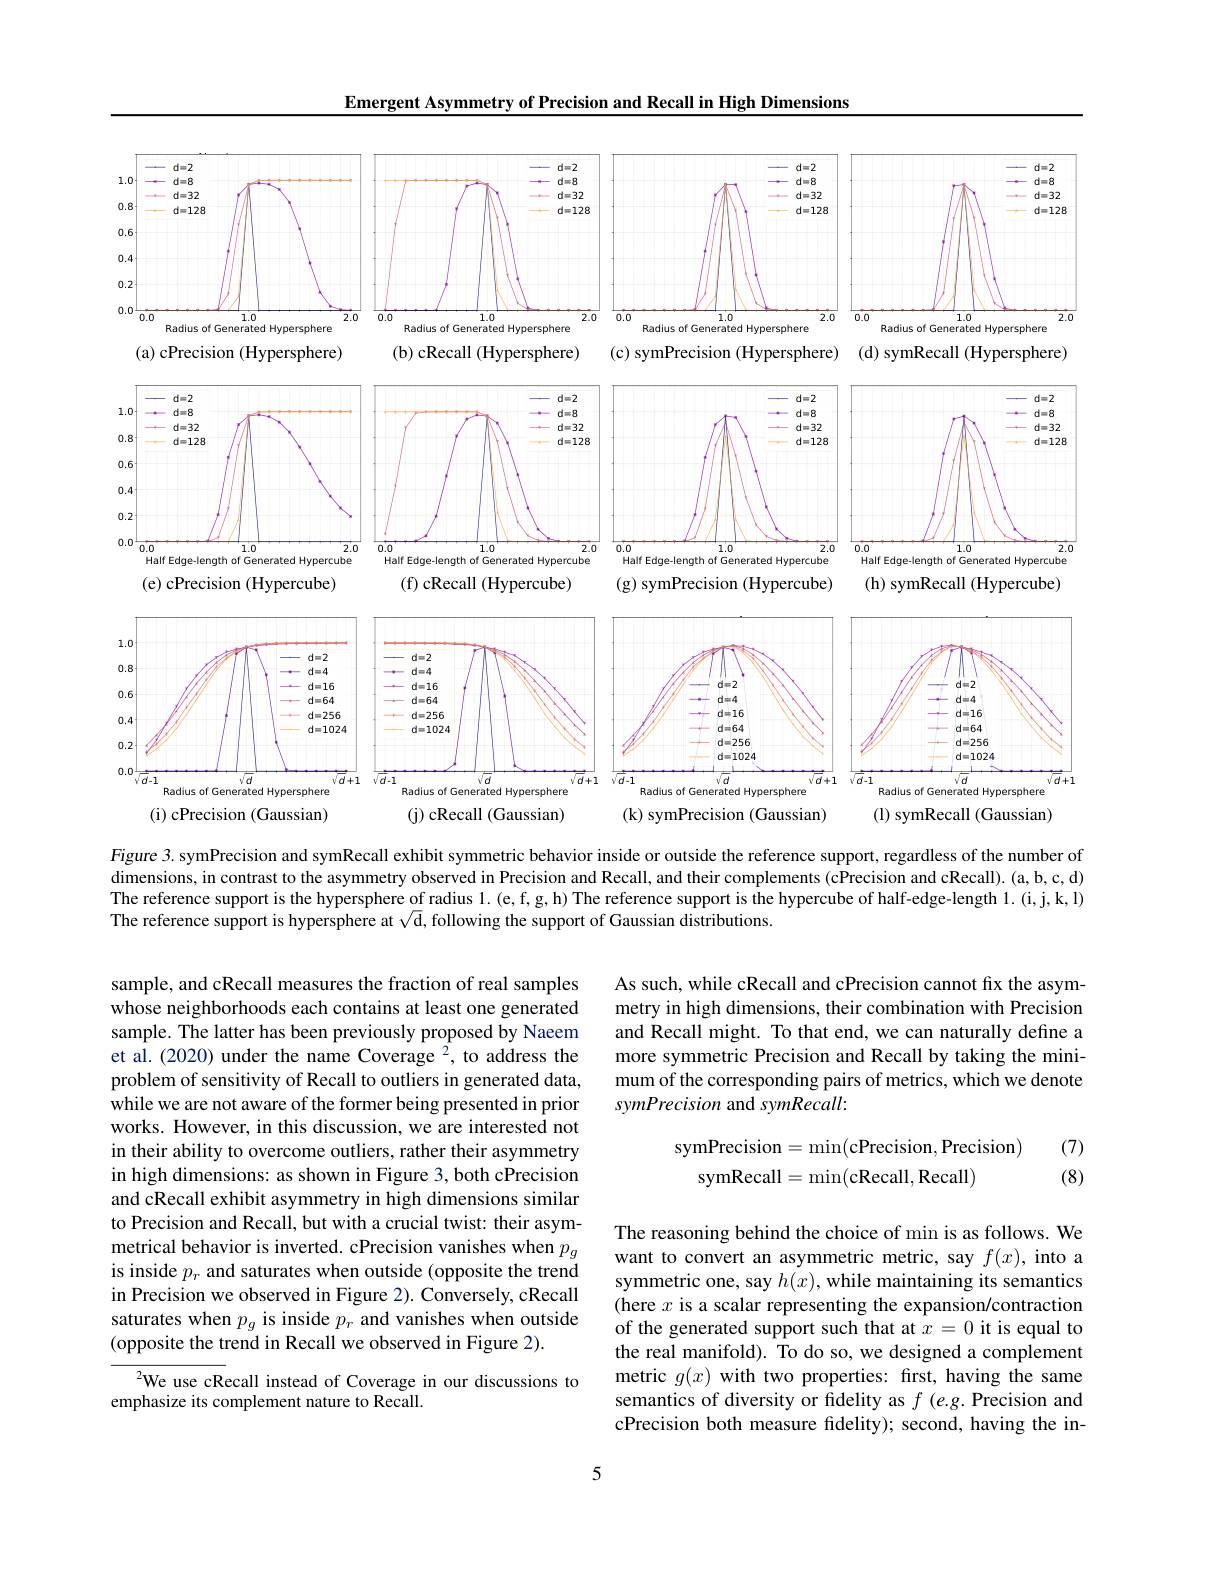
Emergent Asymmetry of Precision and Recall in High Dimensions

<FigureHere>

Figure 3. symPrecision and symRecall exhibit symmetric behavior inside or outside the reference support, regardless of the number of dimensions, in contrast to the asymmetry observed in Precision and Recall, and their complements (cPrecision and cRecall). (a,b,c, d) The reference support is the hypersphere of radius 1.( e, f, g, h) The reference support is the hypercube of half-edge-length l. (i,j,k,l) The reference support is hypersphere at $\sqrt{\mathrm{d}}$, following the support of Gaussian distributions.

As such, while cRecall and cPrecision cannot fx the asymmetry in high dimensions, their combination with Precision and Recall might. To that end, we can naturally define a more symmetric Precision and Recall by taking the minimum of the corresponding pairs of metrics, which we denote symPrecision and symRecall:
$$\begin{aligned}\mathrm{symPrecision}&=\min(\mathrm{cPrecision},\mathrm{Precision})\\\mathrm{symRecall}&=\min(\mathrm{cRecall},\mathrm{Recall})\end{aligned}$$
(7) (8)

sample, and cRecall measures the fraction of real samples whose neighborhoods each contains at least one generated sample. The latter has been previously proposed by Naeem et al. (2020) under the name Coverage $^2$, to address the problem of sensitivity of Recall to outliers in generated data, while we are not aware of the former being presented in prior works. However, in this discussion, we are interested not in their ability to overcome outliers, rather their asymmetry in high dimensions: as shown in Figure 3, both cPrecision and cRecall exhibit asymmetry in high dimensions similar to Precision and Recall, but with a crucial twist: their asymmetrical behavior is inverted. cPrecision vanishes when $p_g$ is inside $p_r$ and saturates when outside (opposite the trend in Precision we observed in Figure 2). Conversely, cRecall saturates when $p_g$ is inside $p_r$ and vanishes when outside (opposite the trend in Recall we observed in Figure 2).

The reasoning behind the choice of min is as follows. We want to convert an asymmetric metric, say $f(x)$, into a symmetric one, say $h(x)$, while maintaining its semantics (here $x$ is a scalar representing the expansion/contraction of the generated support such that at $x=0$ it is equal to the real manifold). To do so, we designed a complement metric $g(x)$ with two properties: first, having the same semantics of diversity or fidelity as $f$ (e.g. Precision and cPrecision both measure fidelity); second, having the in-

$^{2}$We use cRecall instead of Coverage in our discussions to
emphasize its complement nature to Recall.

5